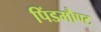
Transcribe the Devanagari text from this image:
पिंडमौण्ट